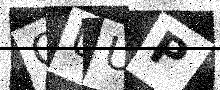
Text: CUUP